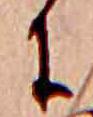
に